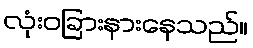
လုံးဝခြားနားနေသည်။